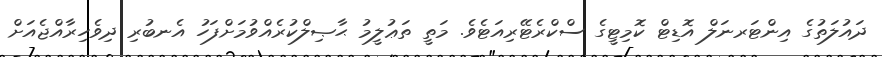
ދައުލަތުގެ އިންޓަރނަލް އޮޑިޓް ކޮމިޓީގެ ސްކްރެޓޭރިއަޓެވެ. މަތީ ތަޢުލީމު ޙާޞިލްކުރެއްވުމަށްފަހު އެނބުރި ދިވެހިރާއްޖެއަށް